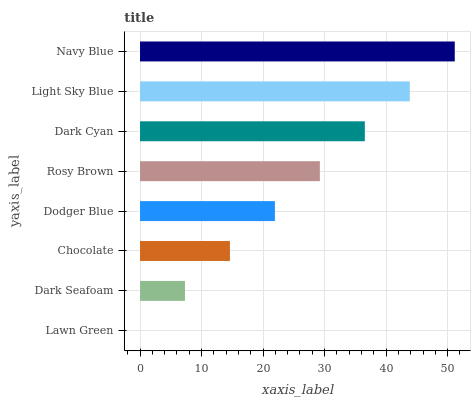
| yaxis_label | bars |
 | --- | --- |
 | Lawn Green | 0 |
 | Dark Seafoam | 7.31 |
 | Chocolate | 14.6 |
 | Dodger Blue | 21.9 |
 | Rosy Brown | 29.2 |
 | Dark Cyan | 36.5 |
 | Light Sky Blue | 43.9 |
 | Navy Blue | 51.2 |